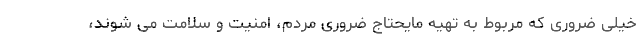
خیلی ضروری که مربوط به تهیه مایحتاج ضروری مردم، امنیت و سلامت می شوند،